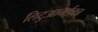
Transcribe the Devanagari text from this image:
लिटुआनईका